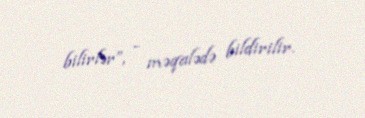
bilirlər”, - məqalədə bildirilir.